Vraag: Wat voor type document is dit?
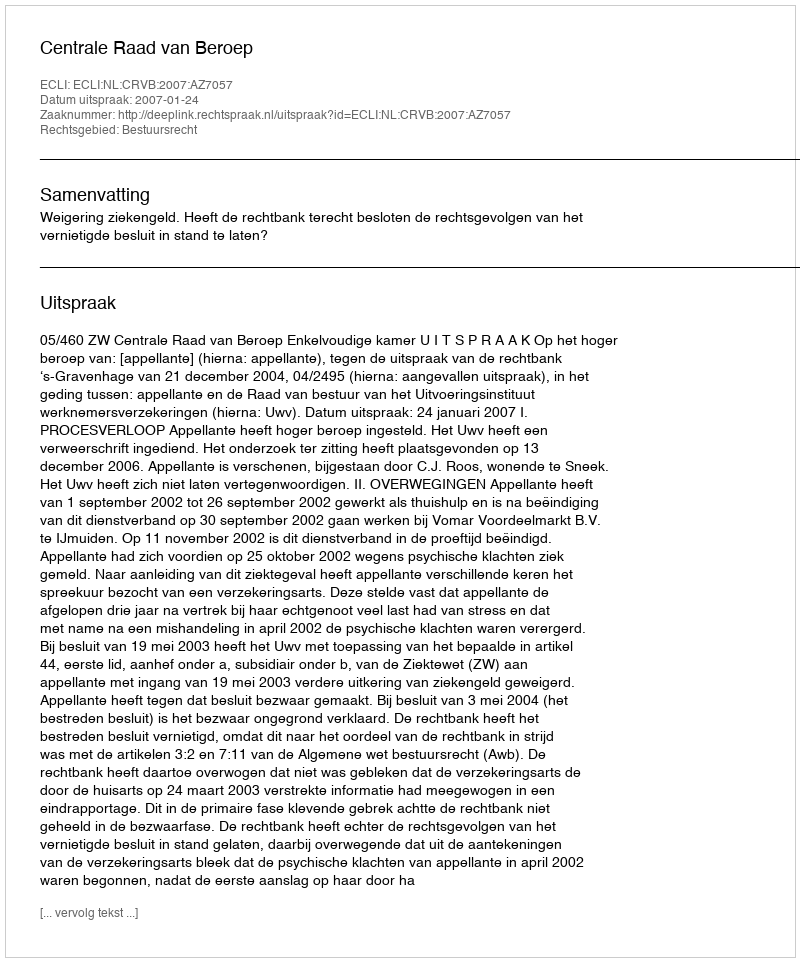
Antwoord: Uitspraak